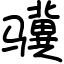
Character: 骥